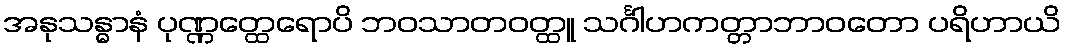
အနုသန္ဓာနံ ပုဏ္ဏတ္ထေရောပိ ဘဝသာတဝတ္ထူ သင်္ဂါဟကတ္တာဘာဝတော ပရိဟာယိ